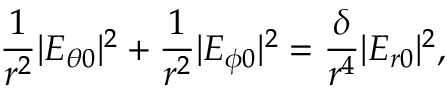
\frac { 1 } { r ^ { 2 } } | E _ { \theta 0 } | ^ { 2 } + \frac { 1 } { r ^ { 2 } } | E _ { \phi 0 } | ^ { 2 } = \frac { \delta } { r ^ { 4 } } | E _ { r 0 } | ^ { 2 } ,